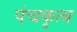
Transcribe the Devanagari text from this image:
पंचकृत्य